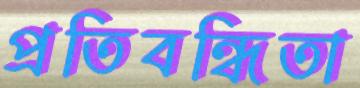
প্রতিবন্ধিতা